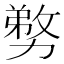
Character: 𭄽